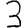
Digit: 3